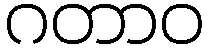
ဂတာဝ